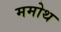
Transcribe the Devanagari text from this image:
ममोथ